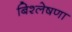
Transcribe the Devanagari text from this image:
बिश्लेषणा